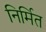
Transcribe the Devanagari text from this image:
निर्मित